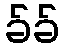
ခ်ခ်